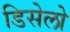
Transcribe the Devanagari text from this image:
डिसेलो